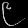
Digit: ၉